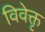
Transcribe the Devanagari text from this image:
विवेक्तृ